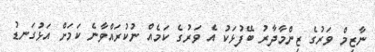
ނާޒިމް ވަރުގެ ޒިންމާދާރު ބޭފުޅަކު އެ ވަރުގެ ކަމެއް ނުކުރައްވާނެ ކަމަށް އަޅުގަނޑު